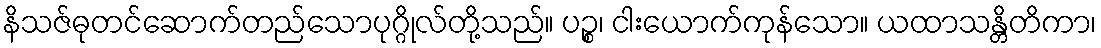
နိသဇ်ဓုတင်ဆောက်တည်သောပုဂ္ဂိုလ်တို့သည်။ ပဉ္စ၊ ငါးယောက်ကုန်သော။ ယထာသန္တိတိကာ၊